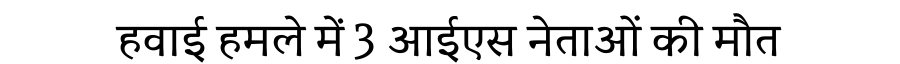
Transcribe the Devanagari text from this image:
हवाई हमले में 3 आईएस नेताओं की मौत